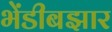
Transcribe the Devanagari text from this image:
भेंडीबझार